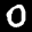
Label: 0